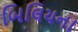
બિલિયના